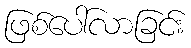
ဖြစ်ပေါ်လာခြင်း